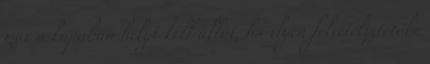
már a kapuban helyt kell állni, ha ilyen felvételiztetőbe